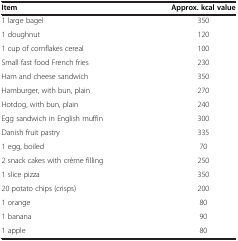
<table><thead><tr><td><b>Item</b></td><td><b>Approx. kcal value</b></td></tr></thead><tbody><tr><td>1 large bagel</td><td>350</td></tr><tr><td>1 doughnut</td><td>120</td></tr><tr><td>1 cup of cornflakes cereal</td><td>100</td></tr><tr><td>Small fast food French fries</td><td>230</td></tr><tr><td>Ham and cheese sandwich</td><td>350</td></tr><tr><td>Hamburger, with bun, plain</td><td>270</td></tr><tr><td>Hotdog, with bun, plain</td><td>240</td></tr><tr><td>Egg sandwich in English muffin</td><td>300</td></tr><tr><td>Danish fruit pastry</td><td>335</td></tr><tr><td>1 egg, boiled</td><td>70</td></tr><tr><td>2 snack cakes with crème filling</td><td>250</td></tr><tr><td>1 slice pizza</td><td>350</td></tr><tr><td>20 potato chips (crisps)</td><td>200</td></tr><tr><td>1 orange</td><td>80</td></tr><tr><td>1 banana</td><td>90</td></tr><tr><td>1 apple</td><td>80</td></tr></tbody></table>